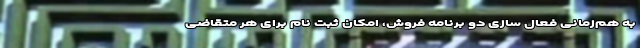
به هم‌زمانی فعال سازی دو برنامه فروش، امکان ثبت نام برای هر متقاضی